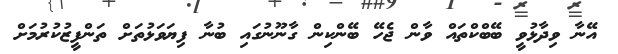
އޭނާ ވިދާޅުވީ ބޭބްކްތައް ވާން ޖެހޭ ބޭންކިން ގާނޫނުގައި ބުނާ ފިޔަވަޅުތަށް ތަންފީޒުކުރުމަށް